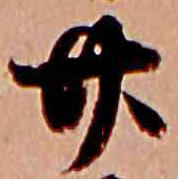
廿